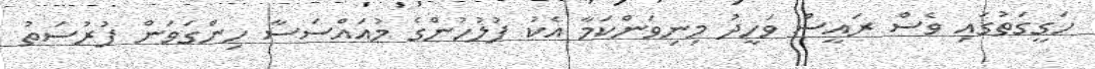
ހަގީގަތުގައި ވެސް ރައީސް ވަހީދު މިނިވަންކަމާ އެކު ފުލުހުންގެ މުއައްސަސާ ހިންގަވަން ފުރުސަތު